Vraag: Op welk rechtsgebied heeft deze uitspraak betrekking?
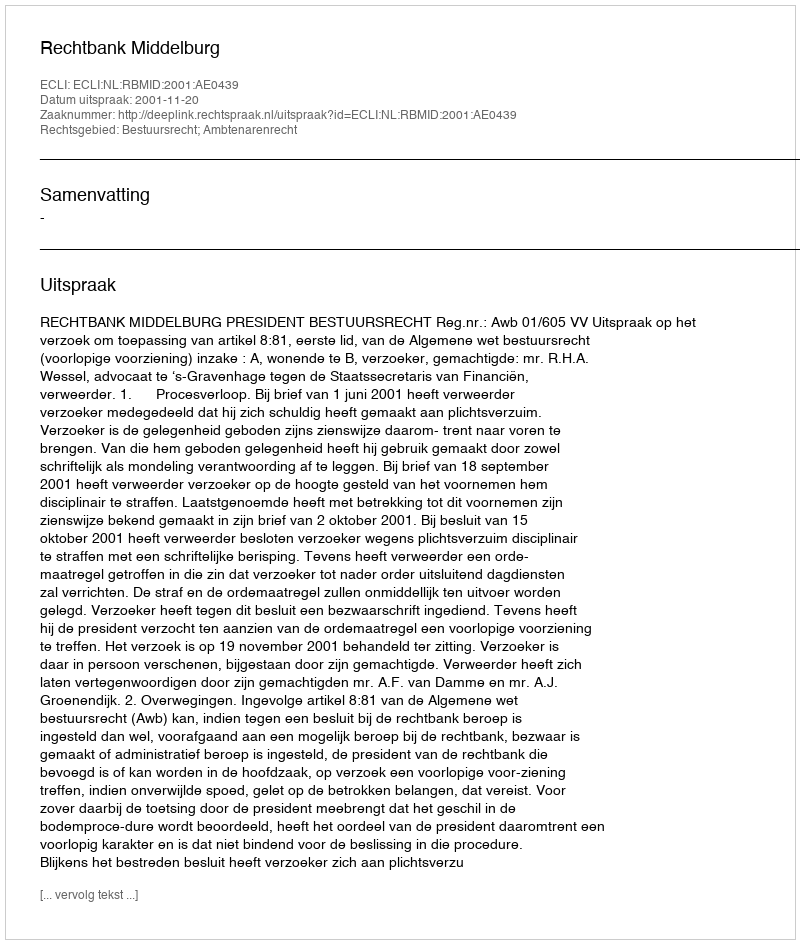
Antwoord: Bestuursrecht; Ambtenarenrecht